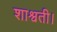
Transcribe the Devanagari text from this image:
शाश्वती।